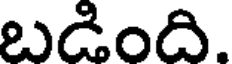
బడింది.